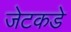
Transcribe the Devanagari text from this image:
जेटकडे